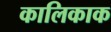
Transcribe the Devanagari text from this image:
कालिकाक